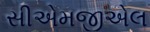
સીએમજીએલ